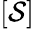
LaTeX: [\mathcal{S}]